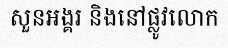
សួនអង្គរ និងនៅផ្លូវលោក